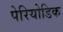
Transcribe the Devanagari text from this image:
पेरियोडिक